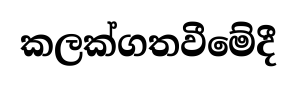
කලක්ගතවීමේදී